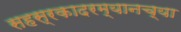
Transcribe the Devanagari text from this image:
सहस्रकादरम्यानच्या